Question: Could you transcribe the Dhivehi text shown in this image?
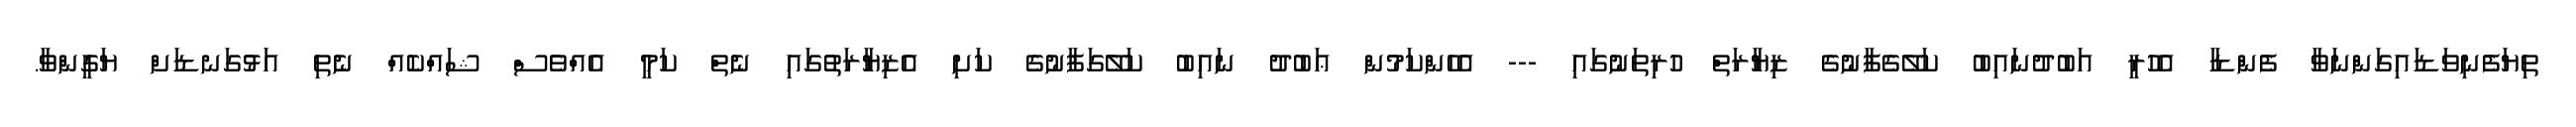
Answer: ތިޔަފެނިވަޑައިގަންނަވާ ފެންޑާ އެހުރީ އަބުދުނައިބު ކަލޭގެފާނުގެ ޒިޔާރަތް ހުރިތަނުގައި --- އެހެންކަމުން ޢަބުދު ނައިބު ކަލޭގަފާނުގެ ކަށި އެޒިޔާރަތުގައި ނެތް ކަމީ އެއްވެސް ޝައްކެއް ނެތި އަޅުގަނޑަށް ޔަގީންވާ.